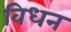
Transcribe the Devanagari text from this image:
विधन